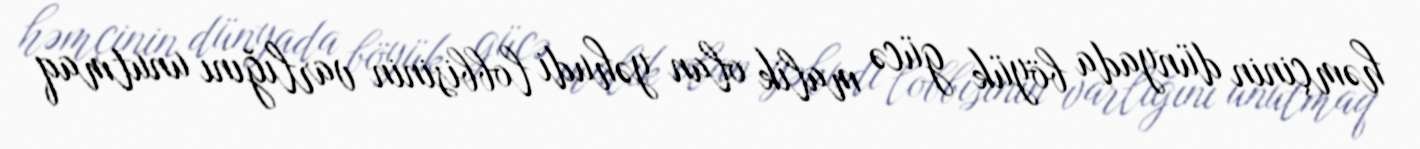
həmçinin dünyada böyük gücə malik olan yəhudi lobbisinin varlığını unutmaq